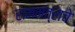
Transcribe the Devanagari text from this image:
राममंत्राचे